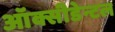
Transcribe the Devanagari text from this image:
ऑक्सीडेन्टल